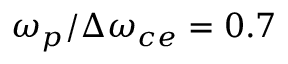
\omega _ { p } / \Delta \omega _ { c e } = 0 . 7